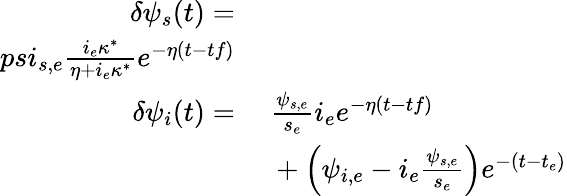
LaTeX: \begin{array}{rl}{\delta\psi_{s}(t)=}&{}\\ {psi_{s,e}\frac{i_{e}\kappa^{*}}{\eta+i_{e}\kappa^{*}}e^{-\eta(t-tf)}}\\ {\delta\psi_{i}(t)=}&{\ \frac{\psi_{s,e}}{s_{e}}i_{e}e^{-\eta(t-tf)}}\\ &{\ +\left(\psi_{i,e}-i_{e}\frac{\psi_{s,e}}{s_{e}}\right)e^{-(t-t_{e})}}\end{array}